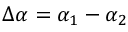
\Delta \alpha = \alpha _ { 1 } - \alpha _ { 2 }